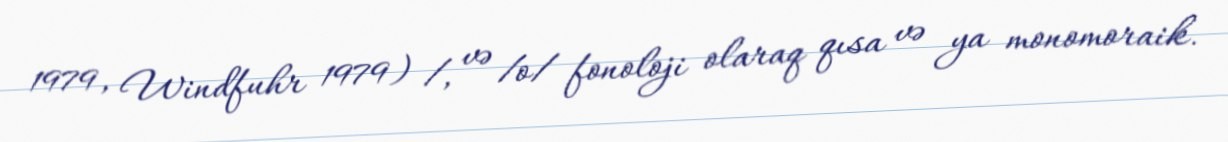
1979, Windfuhr 1979) /, və /o/ fonoloji olaraq qısa və ya monomoraik.